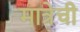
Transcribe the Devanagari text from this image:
मात्रेची